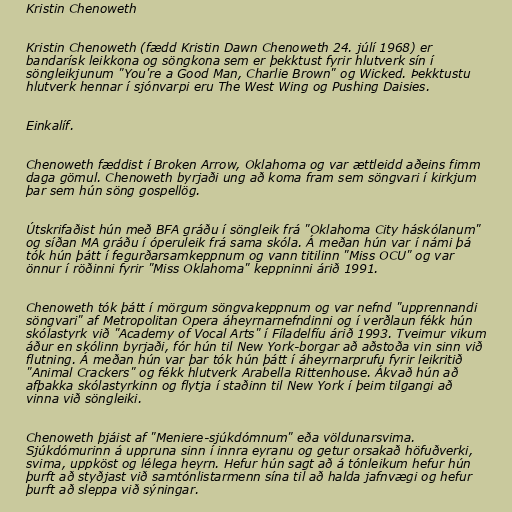
Kristin Chenoweth

Kristin Chenoweth (fædd Kristin Dawn Chenoweth 24. júlí 1968) er
bandarísk leikkona og söngkona sem er þekktust fyrir hlutverk sín í
söngleikjunum "You're a Good Man, Charlie Brown" og Wicked. Þekktustu
hlutverk hennar í sjónvarpi eru The West Wing og Pushing Daisies.

Einkalíf.

Chenoweth fæddist í Broken Arrow, Oklahoma og var ættleidd aðeins fimm
daga gömul. Chenoweth byrjaði ung að koma fram sem söngvari í kirkjum
þar sem hún söng gospellög.

Útskrifaðist hún með BFA gráðu í söngleik frá "Oklahoma City háskólanum"
og síðan MA gráðu í óperuleik frá sama skóla. Á meðan hún var í námi þá
tók hún þátt í fegurðarsamkeppnum og vann titilinn "Miss OCU" og var
önnur í röðinni fyrir "Miss Oklahoma" keppninni árið 1991.

Chenoweth tók þátt í mörgum söngvakeppnum og var nefnd "upprennandi
söngvari" af Metropolitan Opera áheyrnarnefndinni og í verðlaun fékk hún
skólastyrk við "Academy of Vocal Arts" í Fíladelfíu árið 1993. Tveimur vikum
áður en skólinn byrjaði, fór hún til New York-borgar að aðstoða vin sinn við
flutning. Á meðan hún var þar tók hún þátt í áheyrnarprufu fyrir leikritið
"Animal Crackers" og fékk hlutverk Arabella Rittenhouse. Ákvað hún að
afþakka skólastyrkinn og flytja í staðinn til New York í þeim tilgangi að
vinna við söngleiki.

Chenoweth þjáist af "Meniere-sjúkdómnum" eða völdunarsvima.
Sjúkdómurinn á uppruna sinn í innra eyranu og getur orsakað höfuðverki,
svima, uppköst og lélega heyrn. Hefur hún sagt að á tónleikum hefur hún
þurft að styðjast við samtónlistarmenn sína til að halda jafnvægi og hefur
þurft að sleppa við sýningar.